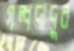
গল্পদাদুর